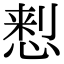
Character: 𢝗